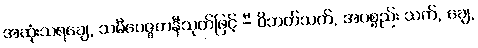
အဆုံးသရချေ, သမီပေဇ္ဇတနီသုတ်ဖြင့် -ီ ဝိဘတ်သက်, အပစ္စည်း သက်, ချေ,